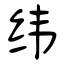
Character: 纬